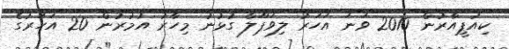
ކިއުޕީއާރުން 2010 ވަނަ އަހަރު ލިވަޕޫލާ ގުޅުނު މިހާރު އުމުރުން 20 އަހަރުގެ